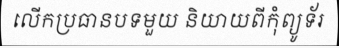
លើកប្រធានបទមួយ និយាយពីកុំព្យូទ័រ